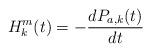
LaTeX: \begin{align*}H_k^m(t) = -\frac{dP_{a,k}(t)}{dt}\end{align*}